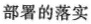
部署的落实